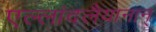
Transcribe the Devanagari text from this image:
एल्लांदलैयानान्